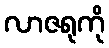
လာဇရုကို